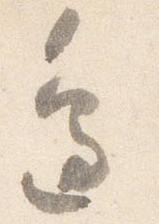
辺